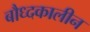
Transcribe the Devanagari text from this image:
बौध्दकालीन